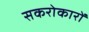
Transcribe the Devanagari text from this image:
सकरोकारों